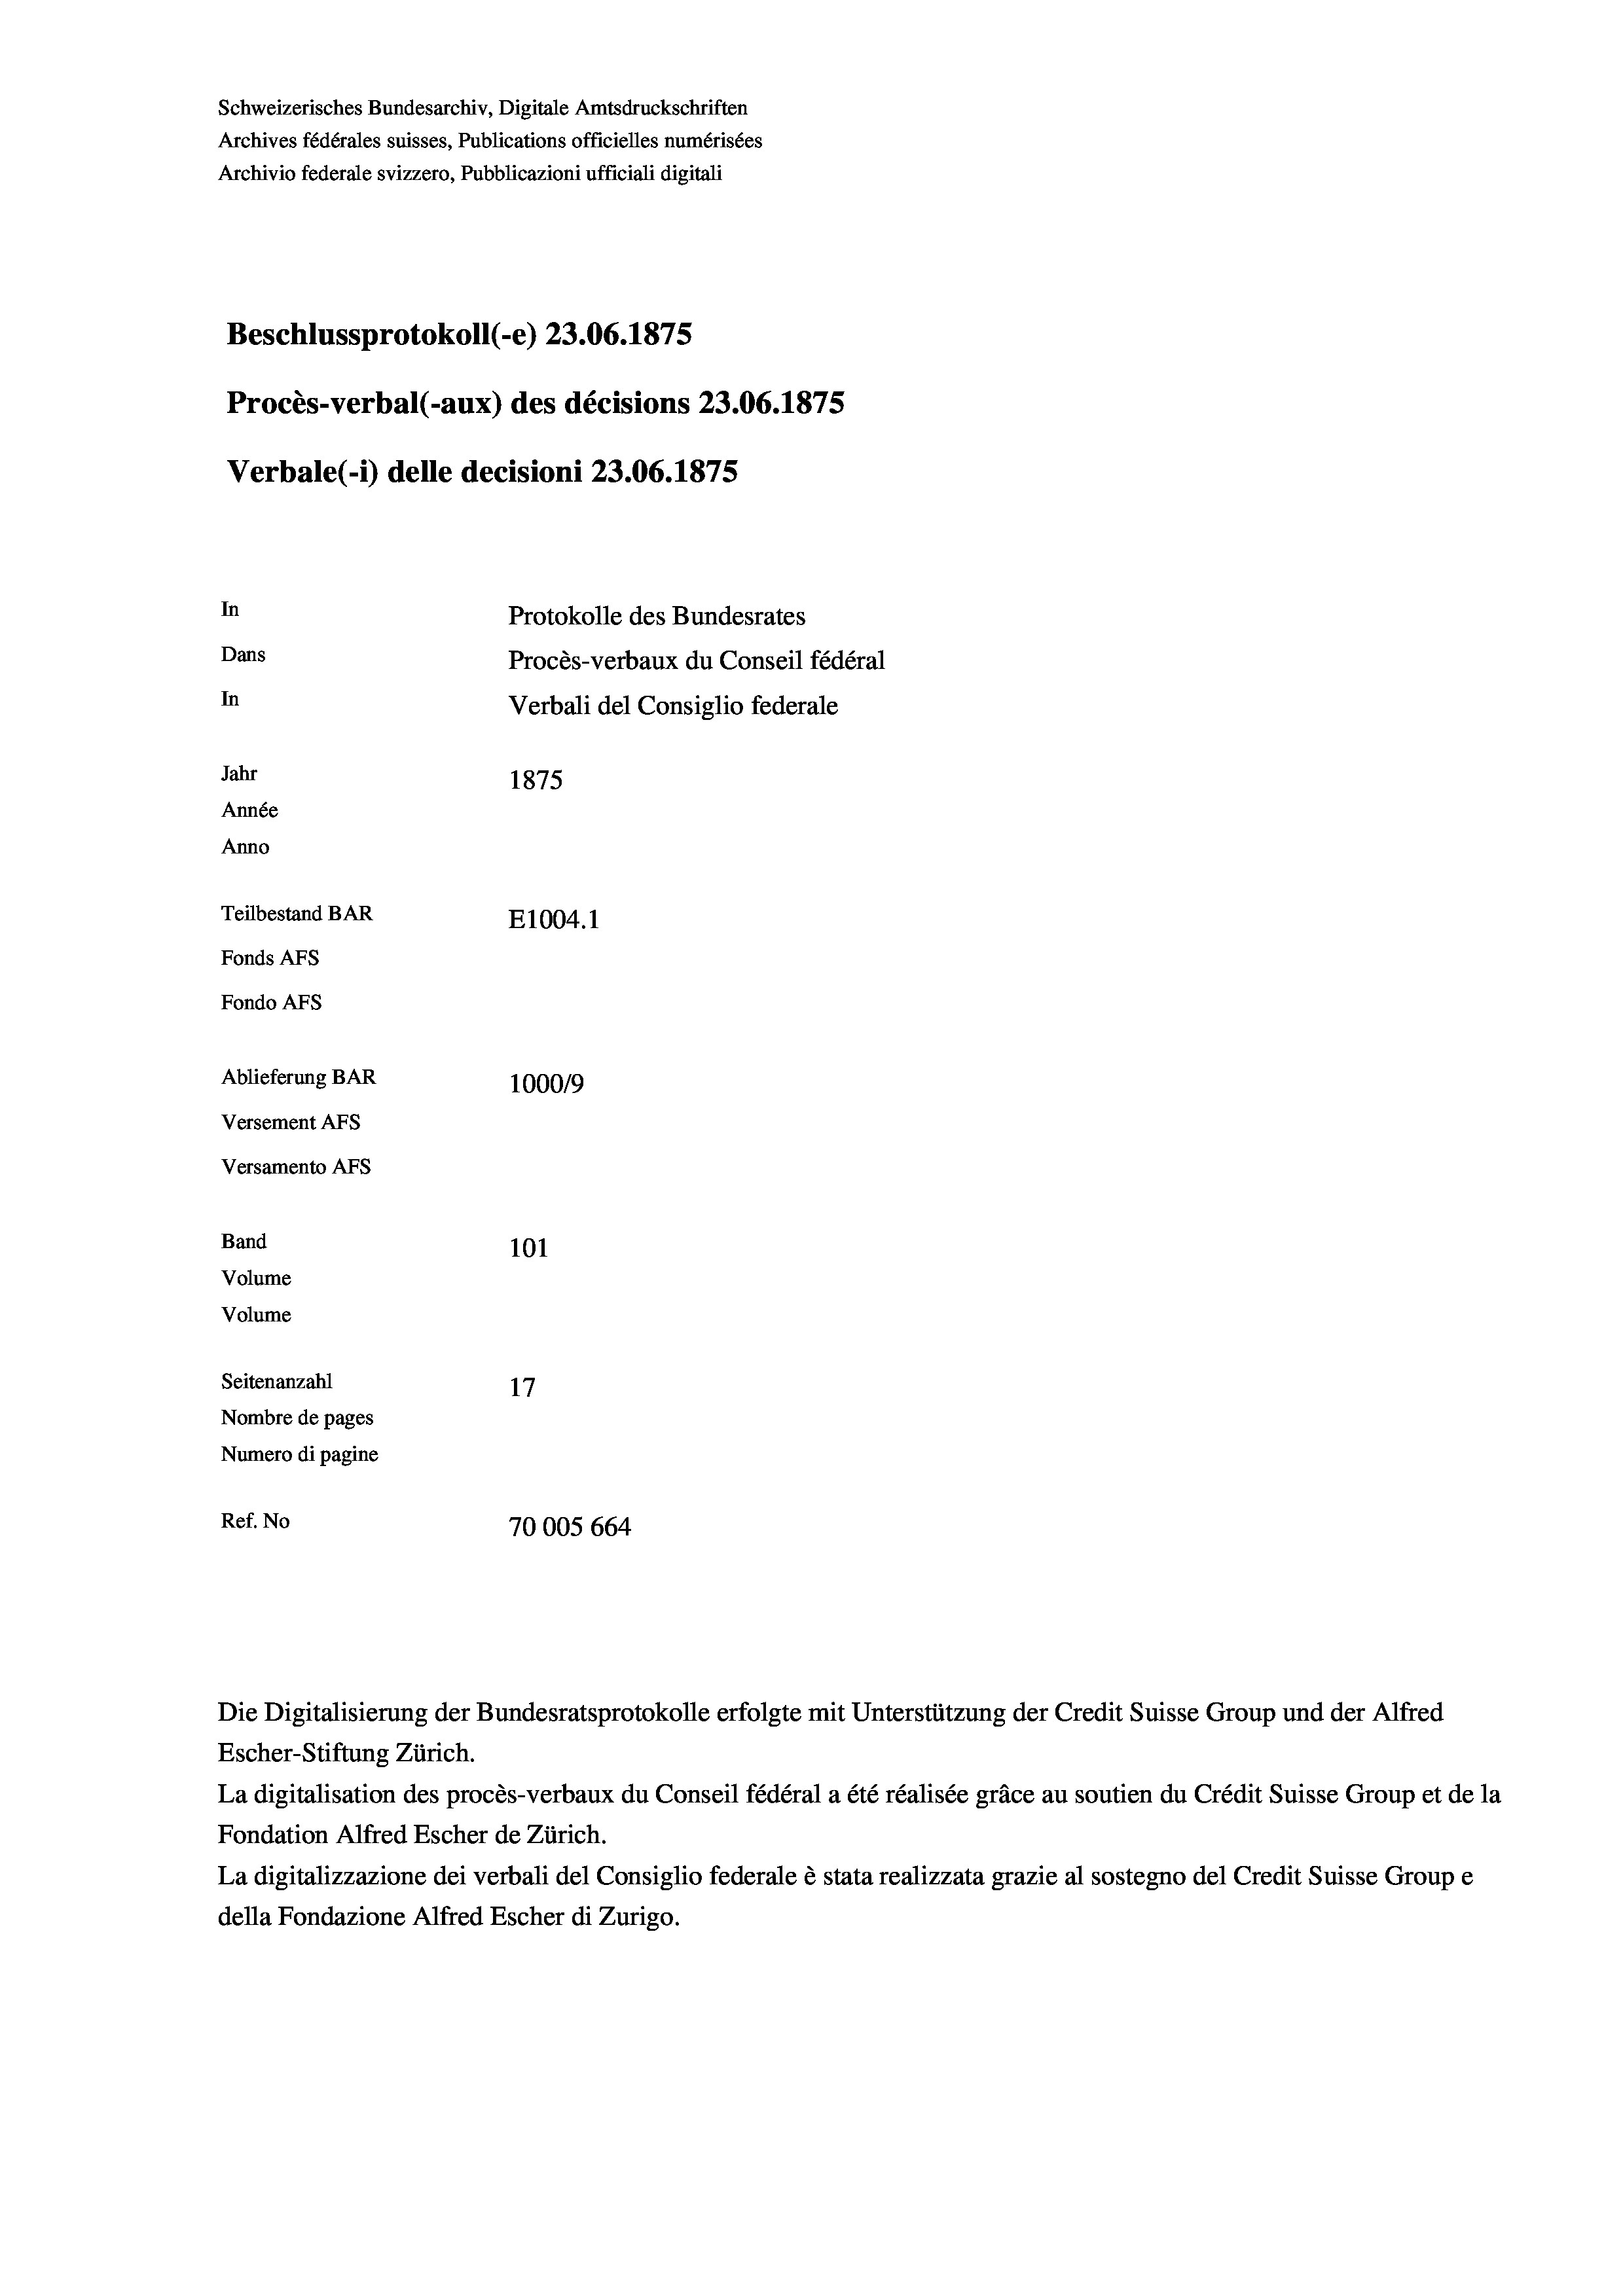
Schweizerisches Bundesarchiv, Digitale Amtsdruckschriften
Archives fédérales suisses, Publications officielles numérisées
Archivio federale svizzero, Pubblicazioni ufficiali digitali
Beschlussprotokoll (-e) 23.06. 1875
Procès-verbal (-aux) des décisions 23.06. 1875
Verbale (1) delle decisioni 23.06. 1875
In
Protokolle des Bundesrates
Dans
Procès-verbaux du Conseil fédéral
In
Verbali del Consiglio federale
Jahr
1875
Année
Anno
Teilbestand BAR
E1004. 1
Fonds AFs
Fondo AFS
Ablieferung BAR
1000/9
Versement Abs
Versamento AFs
Band
101

Volume
Volume
Seitenanzahl
17
Nombre de pages
Numero di pagine
Ref. No
70005 664

Die Digitalisierung der Bundesratsprotokolle erfolgte mit Unterstützung der Credit Suisse Group und der Alfred
Escher-Stiftung Zürich.
La digitalisation des procès-verbaux du Conseil fédéral a été réalisée gräce au soutien du Crédit Suisse Group et de la
Fondation Alfred Escher de Zürich.
La digitalizzazione dei verbali del Consiglio federale è stata realizzata grazie al sostegno del Credit Suisse Groupe
della Fondazione Alfred Escher di Zurigo.